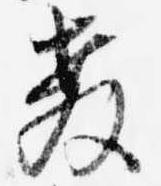
教